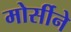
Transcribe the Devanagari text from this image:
मोर्सीने